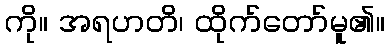
ကို။ အရဟတိ၊ ထိုက်တော်မူ၏။